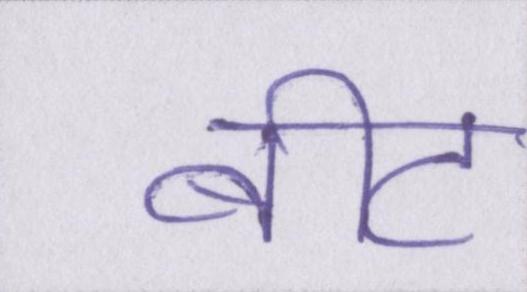
बीट